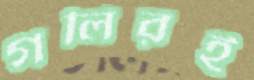
গলিরই